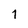
Character: 1